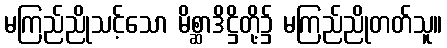
မကြည်ညိုသင့်သော မိစ္ဆာဒိဋ္ဌိတို့၌ မကြည်ညိုတတ်သူ။